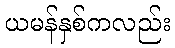
ယမန်နှစ်ကလည်း